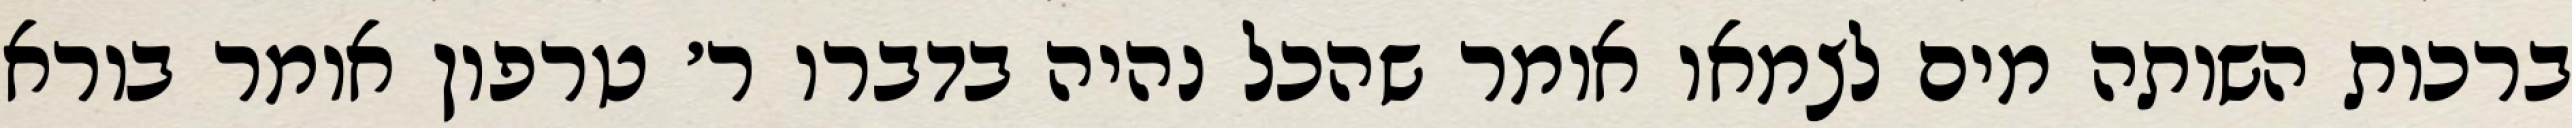
ברכות השותה מים לצמאו אומר שהכל נהיה בדברו ר׳ טרפון אומר בורא